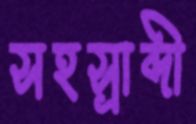
সহস্রাব্দী